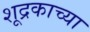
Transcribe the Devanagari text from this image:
शूद्रकाच्या